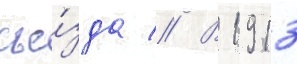
съе́зда // В 1913